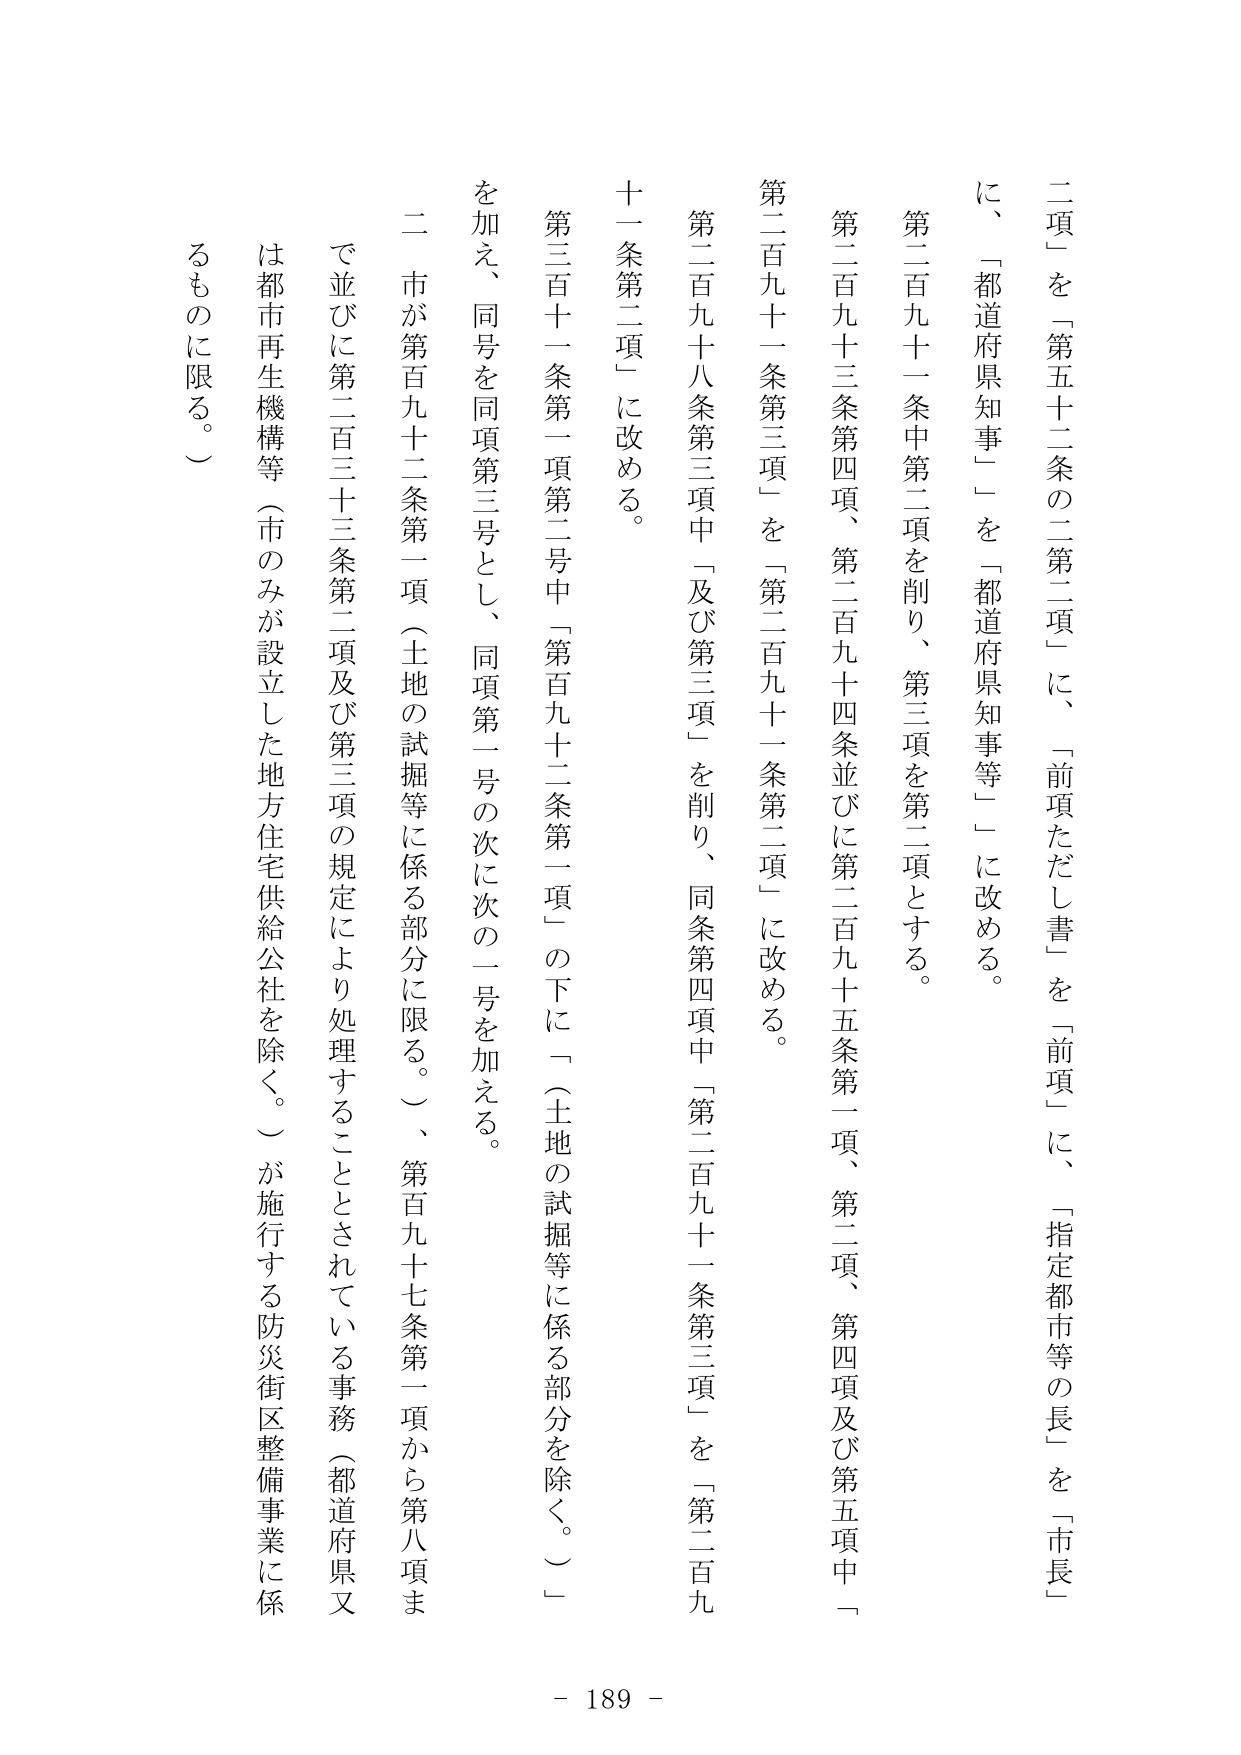
二項」を「第五十二条の二第二項」に、「前項ただし書」を「前項」に、「指定都市等の長」を「市長」
に、「都道府県知事」を「都道府県知事等」に改める。
第二百九十一条中第二項を削り、第三項を第二項とする。
第二百九十三条第四項、第二百九十四条並びに第二百九十五条第一項、第二項、第四項及び第五項中「
第二百九十一条第三項」を「第二百九十一条第二項」に改める。
第二百九十八条第三項中「及び第三項」を削り、同条第四項中「第二百九十一条第三項」を「第二百九
十一条第二項」に改める。
第三百十一条第一項第二号中「第百九十二条第一項」の下に「（土地の試掘等に係る部分を除く。）」
を加え、同号を同項第三号とし、同項第一号の次に次の一号を加える。
二 市が第百九十二条第一項（土地の試掘等に係る部分に限る。）、第百九十七条第一項から第八項ま
で並びに第二百三十三条第二項及び第三項の規定により処理することとされている事務（都道府県又
は都市再生機構等（市のみが設立した地方住宅供給公社を除く。）が施行する防災街区整備事業に係
るものに限る。）